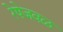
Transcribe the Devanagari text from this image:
रेषेजवळ